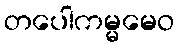
တပေါကမ္မမေဝ